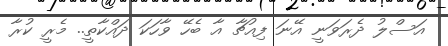
އަސްލު ދެރަވަނީ އޭނަ ފިއުޗާ އާ ބެހޭ ވާހަކަ ދައްކާތީ.. މެރީ ކުރާ